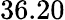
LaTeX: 36.20